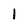
Character: 1